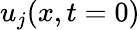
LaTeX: u_{j}(x,t=0)